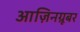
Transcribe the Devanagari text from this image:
आज़िनग्रूबर